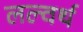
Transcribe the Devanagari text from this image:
लल्वर्थ